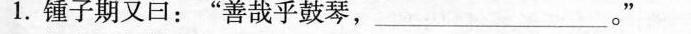
1.锺子期又曰：”善哉乎鼓琴，___。”